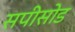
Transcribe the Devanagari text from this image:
सपीसोड